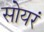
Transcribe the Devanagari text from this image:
सोयरं